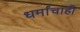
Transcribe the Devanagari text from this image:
धर्मांचाही